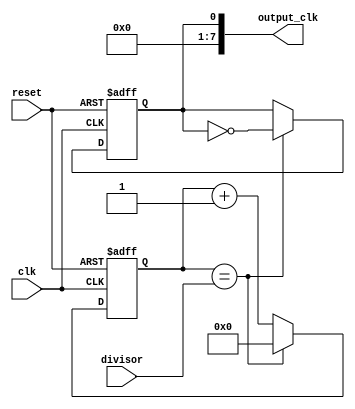
module frequency_synthesizer (
    input wire clk,
    input wire reset,
    input wire [7:0] divisor,
    output wire [7:0] output_clk
);

reg [7:0] counter;
reg output_clk_reg;

always @(posedge clk or posedge reset) begin
    if (reset) begin
        counter <= 8'b00000000;
        output_clk_reg <= 1'b0;
    end else begin
        if (counter == divisor) begin
            counter <= 8'b00000000;
            output_clk_reg <= ~output_clk_reg;
        end else begin
            counter <= counter + 1;
        end
    end
end

assign output_clk = output_clk_reg;

endmodule